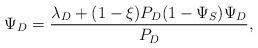
LaTeX: \begin{align*}\Psi_D = \frac{\lambda_D + (1-\xi)P_D(1-\Psi_S)\Psi_D}{P_D},\end{align*}